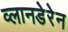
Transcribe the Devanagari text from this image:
व्लानडेरेन